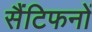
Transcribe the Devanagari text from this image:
सैंटिफनों